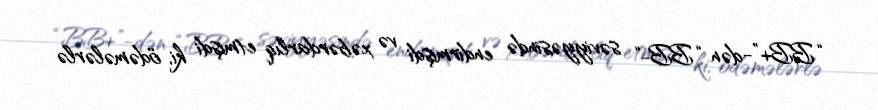
“BB+”-dən “BB-“ səviyyəsində endirmişdi və xəbərdarlıq etmişdi ki, ödəmələrlə